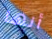
أنها